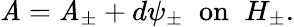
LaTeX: \mathit{A}=\mathit{A}_{\pm}+d\psi_{\pm}\; \; \mathrm{{on}}\; \; H_{\pm}.